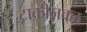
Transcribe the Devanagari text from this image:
टाकीजवळ